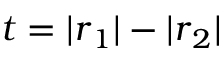
t = | \boldsymbol { r } _ { 1 } | - | \boldsymbol { r } _ { 2 } |